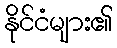
နိုင်ငံများ၏